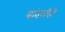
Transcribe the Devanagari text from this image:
यांतलीही